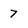
Character: 7